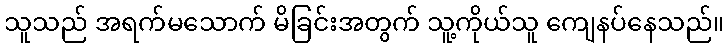
သူသည် အရက်မသောက် မိခြင်းအတွက် သူ့ကိုယ်သူ ကျေနပ်နေသည်။